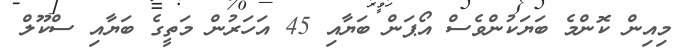
މިއިން ކޮންމެ ބަޔަކުންވެސް އޯޕަން ބަޔާއި 45 އަހަރުން މަތީގެ ބަޔާއި ސްކޫލް